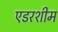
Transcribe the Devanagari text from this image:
एडरशीम